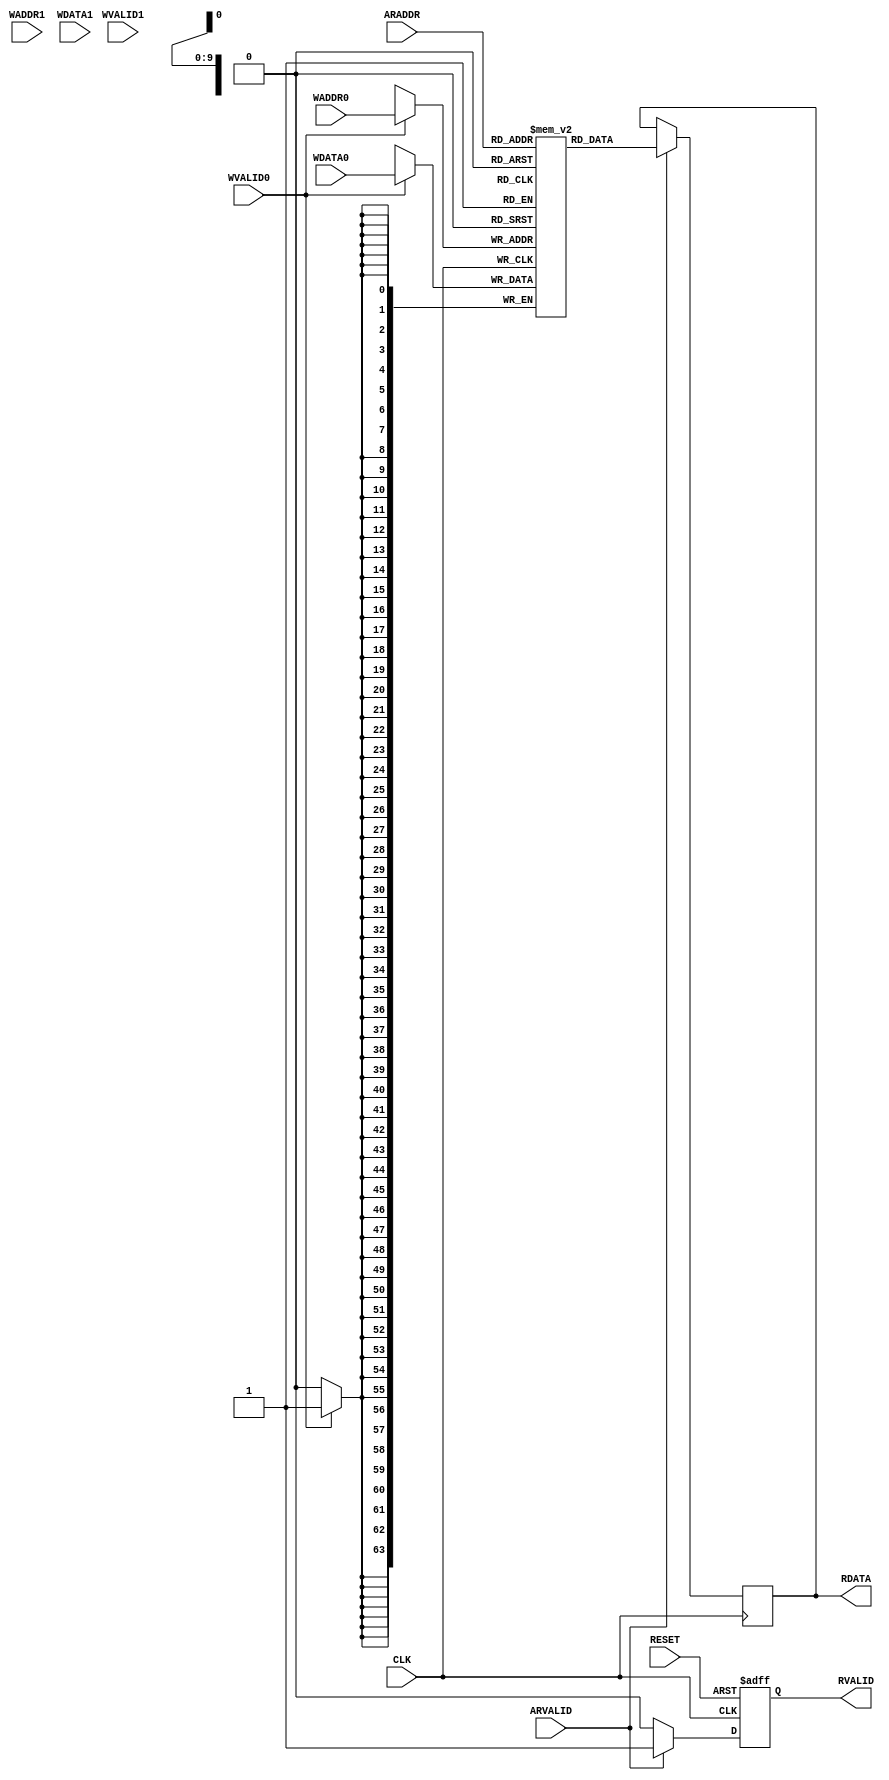
// 
//
// Copyright (c) 2019 Authors of "Buffets: An Efficient and Composable Storage Idiom for Explicit Decoupled Data
// Orchestration".
//
// Permission is hereby granted, free of charge, to any person obtaining a copy of this software and associated
// documentation files (the "Software"), to deal in the Software without restriction, including without limitation the
// rights to use, copy, modify, merge, publish, distribute, sublicense, and/or sell copies of the Software, and to
// permit persons to whom the Software is furnished to do so, subject to the following conditions:
//
// The above copyright notice and this permission notice shall be included in all copies or substantial portions of the
// Software.
//
// THE SOFTWARE IS PROVIDED "AS IS", WITHOUT WARRANTY OF ANY KIND, EXPRESS OR IMPLIED, INCLUDING BUT NOT LIMITED TO THE
// WARRANTIES OF MERCHANTABILITY, FITNESS FOR A PARTICULAR PURPOSE AND NONINFRINGEMENT. IN NO EVENT SHALL THE AUTHORS OR
// COPYRIGHT HOLDERS BE LIABLE FOR ANY CLAIM, DAMAGES OR OTHER LIABILITY, WHETHER IN AN ACTION OF CONTRACT, TORT OR
// OTHERWISE, ARISING FROM, OUT OF OR IN CONNECTION WITH THE SOFTWARE OR THE USE OR OTHER DEALINGS IN THE SOFTWARE.



// Simple RAM File

module dpram (
				CLK,
				RESET,
				ARADDR,
				WADDR0,
				WVALID0,
				WADDR1,
				WVALID1,
				RDATA,
				WDATA0,
				WDATA1,
				RVALID,
				ARVALID
				);

parameter   ADDR_WIDTH  = 10;
parameter   DATA_WIDTH  = 64;
parameter   SEPARATE_WRITE_PORTS = 0;

localparam  SIZE        = 2 ** ADDR_WIDTH;

input 					CLK, RESET;
input [ADDR_WIDTH-1:0] 	ARADDR;
input [ADDR_WIDTH-1:0] 	WADDR0, WADDR1;
input 					ARVALID;
input 					WVALID0, WVALID1;
input [DATA_WIDTH-1:0]	WDATA0, WDATA1;

output reg [DATA_WIDTH-1:0]		RDATA;
output reg				        RVALID;

reg [DATA_WIDTH-1:0] memory [SIZE-1:0];

// Return the read data
always @(posedge CLK or negedge RESET) begin
	if(~RESET) begin
		RVALID <= 1'b0;
	end
	else begin
		RVALID 	<= (ARVALID)? 1'b1 : 1'b0;
	end
end

// read data
always @(posedge CLK) begin
	if(ARVALID)
        RDATA <= memory[ARADDR];
end

generate
    if(SEPARATE_WRITE_PORTS == 0) begin
        always @(posedge CLK) begin
            if(WVALID0) begin
                memory[WADDR0]	<= WDATA0;
            end
        end
    end
    else begin
        always @(posedge CLK) begin
            if(WVALID0) begin
                memory[WADDR0]	<= WDATA0;
            end
            if(WVALID1) begin
                memory[WADDR1]	<= WDATA1;
            end
        end
    end
endgenerate

endmodule